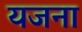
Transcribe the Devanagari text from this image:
यजना